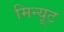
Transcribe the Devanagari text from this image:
मिन्यूट